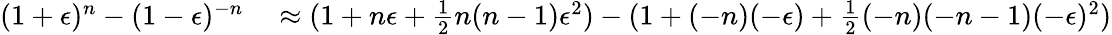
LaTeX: \begin{array}{rl}{(1+\epsilon)^{n}-(1-\epsilon)^{-n}}&{{}\approx(1+n\epsilon+{\frac{1}{2}}n(n-1)\epsilon^{2})-(1+(-n)(-\epsilon)+{\frac{1}{2}}(-n)(-n-1)(-\epsilon)^{2})}\end{array}